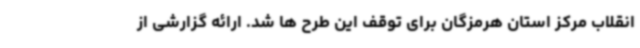
انقلاب مرکز استان هرمزگان برای توقف این طرح ها شد. ارائه گزارشی از